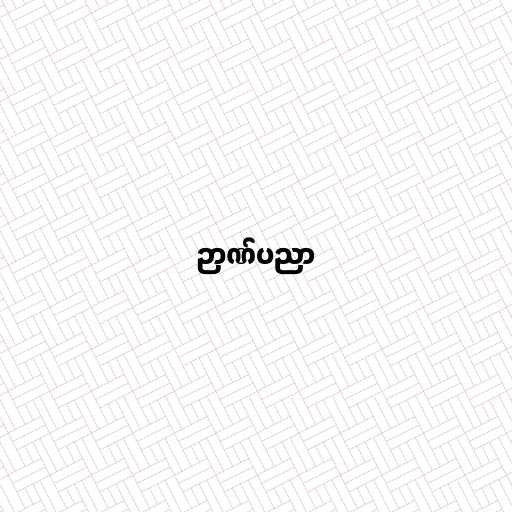
ဉာဏ်ပညာ